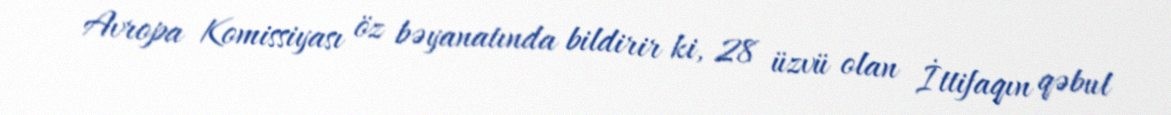
Avropa Komissiyası öz bəyanatında bildirir ki, 28 üzvü olan İttifaqın qəbul